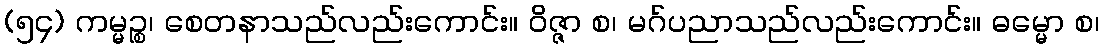
(၅၄) ကမ္မဉ္စ၊ စေတနာသည်လည်းကောင်း။ ဝိဇ္ဇာ စ၊ မဂ်ပညာသည်လည်းကောင်း။ ဓမ္မော စ၊